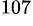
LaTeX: ^{107}